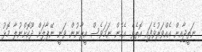
ނަތީޖާއިން އެއްވަރުވެފައި އޮތެވެ. އެހެން ނަމަވެސް އީރާނުން ވަނީ ނޭޕާލަށް ދޫކޮށްނުލާ މޮޅު